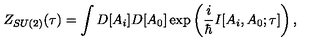
Z _ { S U ( 2 ) } ( \tau ) = \int D [ A _ { i } ] D [ A _ { 0 } ] \exp \left( \frac { i } { \hbar } I [ A _ { i } , A _ { 0 } ; \tau ] \right) ,